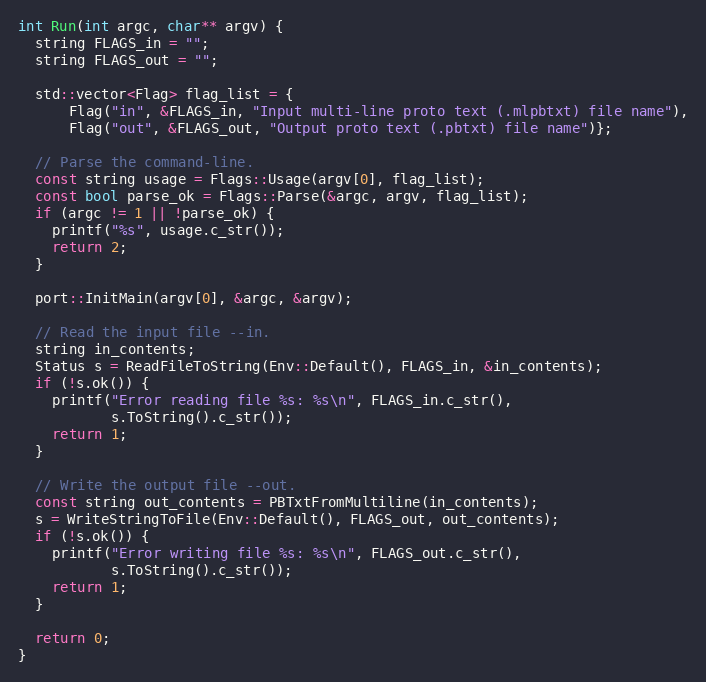
Language: C++
int Run(int argc, char** argv) {
  string FLAGS_in = "";
  string FLAGS_out = "";

  std::vector<Flag> flag_list = {
      Flag("in", &FLAGS_in, "Input multi-line proto text (.mlpbtxt) file name"),
      Flag("out", &FLAGS_out, "Output proto text (.pbtxt) file name")};

  // Parse the command-line.
  const string usage = Flags::Usage(argv[0], flag_list);
  const bool parse_ok = Flags::Parse(&argc, argv, flag_list);
  if (argc != 1 || !parse_ok) {
    printf("%s", usage.c_str());
    return 2;
  }

  port::InitMain(argv[0], &argc, &argv);

  // Read the input file --in.
  string in_contents;
  Status s = ReadFileToString(Env::Default(), FLAGS_in, &in_contents);
  if (!s.ok()) {
    printf("Error reading file %s: %s\n", FLAGS_in.c_str(),
           s.ToString().c_str());
    return 1;
  }

  // Write the output file --out.
  const string out_contents = PBTxtFromMultiline(in_contents);
  s = WriteStringToFile(Env::Default(), FLAGS_out, out_contents);
  if (!s.ok()) {
    printf("Error writing file %s: %s\n", FLAGS_out.c_str(),
           s.ToString().c_str());
    return 1;
  }

  return 0;
}